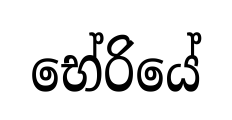
භේරියේ